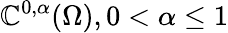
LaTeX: \mathbb{C}^{0,\alpha}(\Omega),0<\alpha\leq1